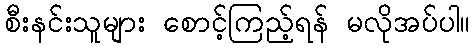
စီးနင်းသူများ စောင့်ကြည့်ရန် မလိုအပ်ပါ။